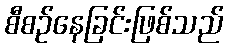
စီစဉ်နေခြင်းဖြစ်သည်